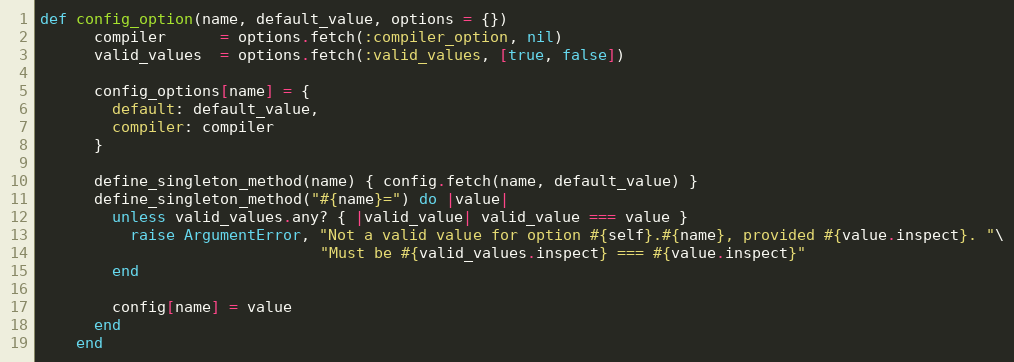
Language: Ruby
def config_option(name, default_value, options = {})
      compiler      = options.fetch(:compiler_option, nil)
      valid_values  = options.fetch(:valid_values, [true, false])

      config_options[name] = {
        default: default_value,
        compiler: compiler
      }

      define_singleton_method(name) { config.fetch(name, default_value) }
      define_singleton_method("#{name}=") do |value|
        unless valid_values.any? { |valid_value| valid_value === value }
          raise ArgumentError, "Not a valid value for option #{self}.#{name}, provided #{value.inspect}. "\
                               "Must be #{valid_values.inspect} === #{value.inspect}"
        end

        config[name] = value
      end
    end